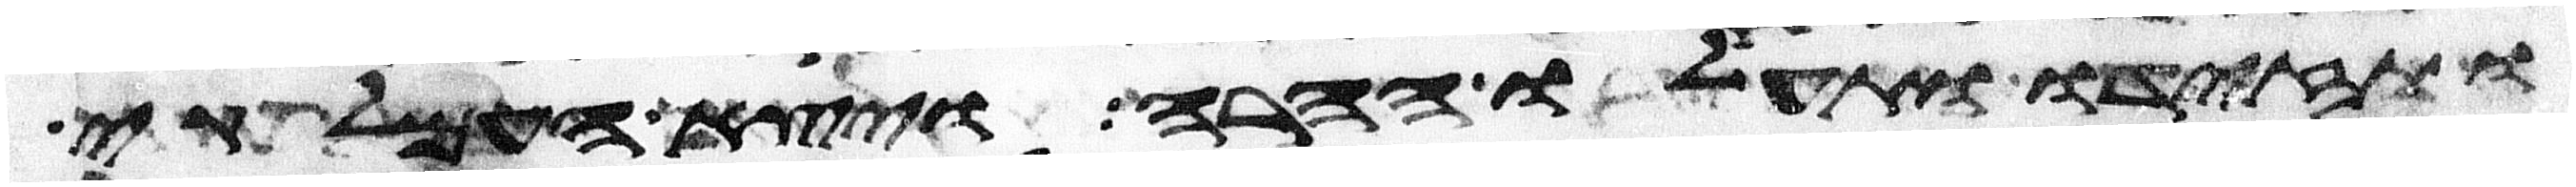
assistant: ותזידו ותעלו ההרה ויצא העמלקי